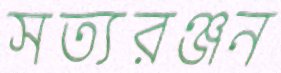
সত্যরঞ্জন